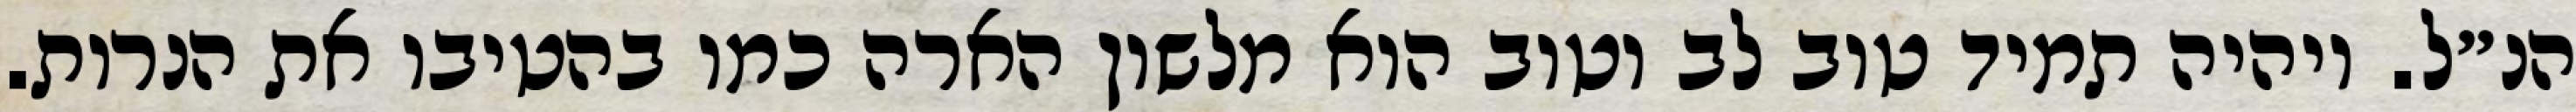
הנ״ל. ויהיה תמיד טוב לב וטוב הוא מלשון הארה כמו בהטיבו את הנרות.